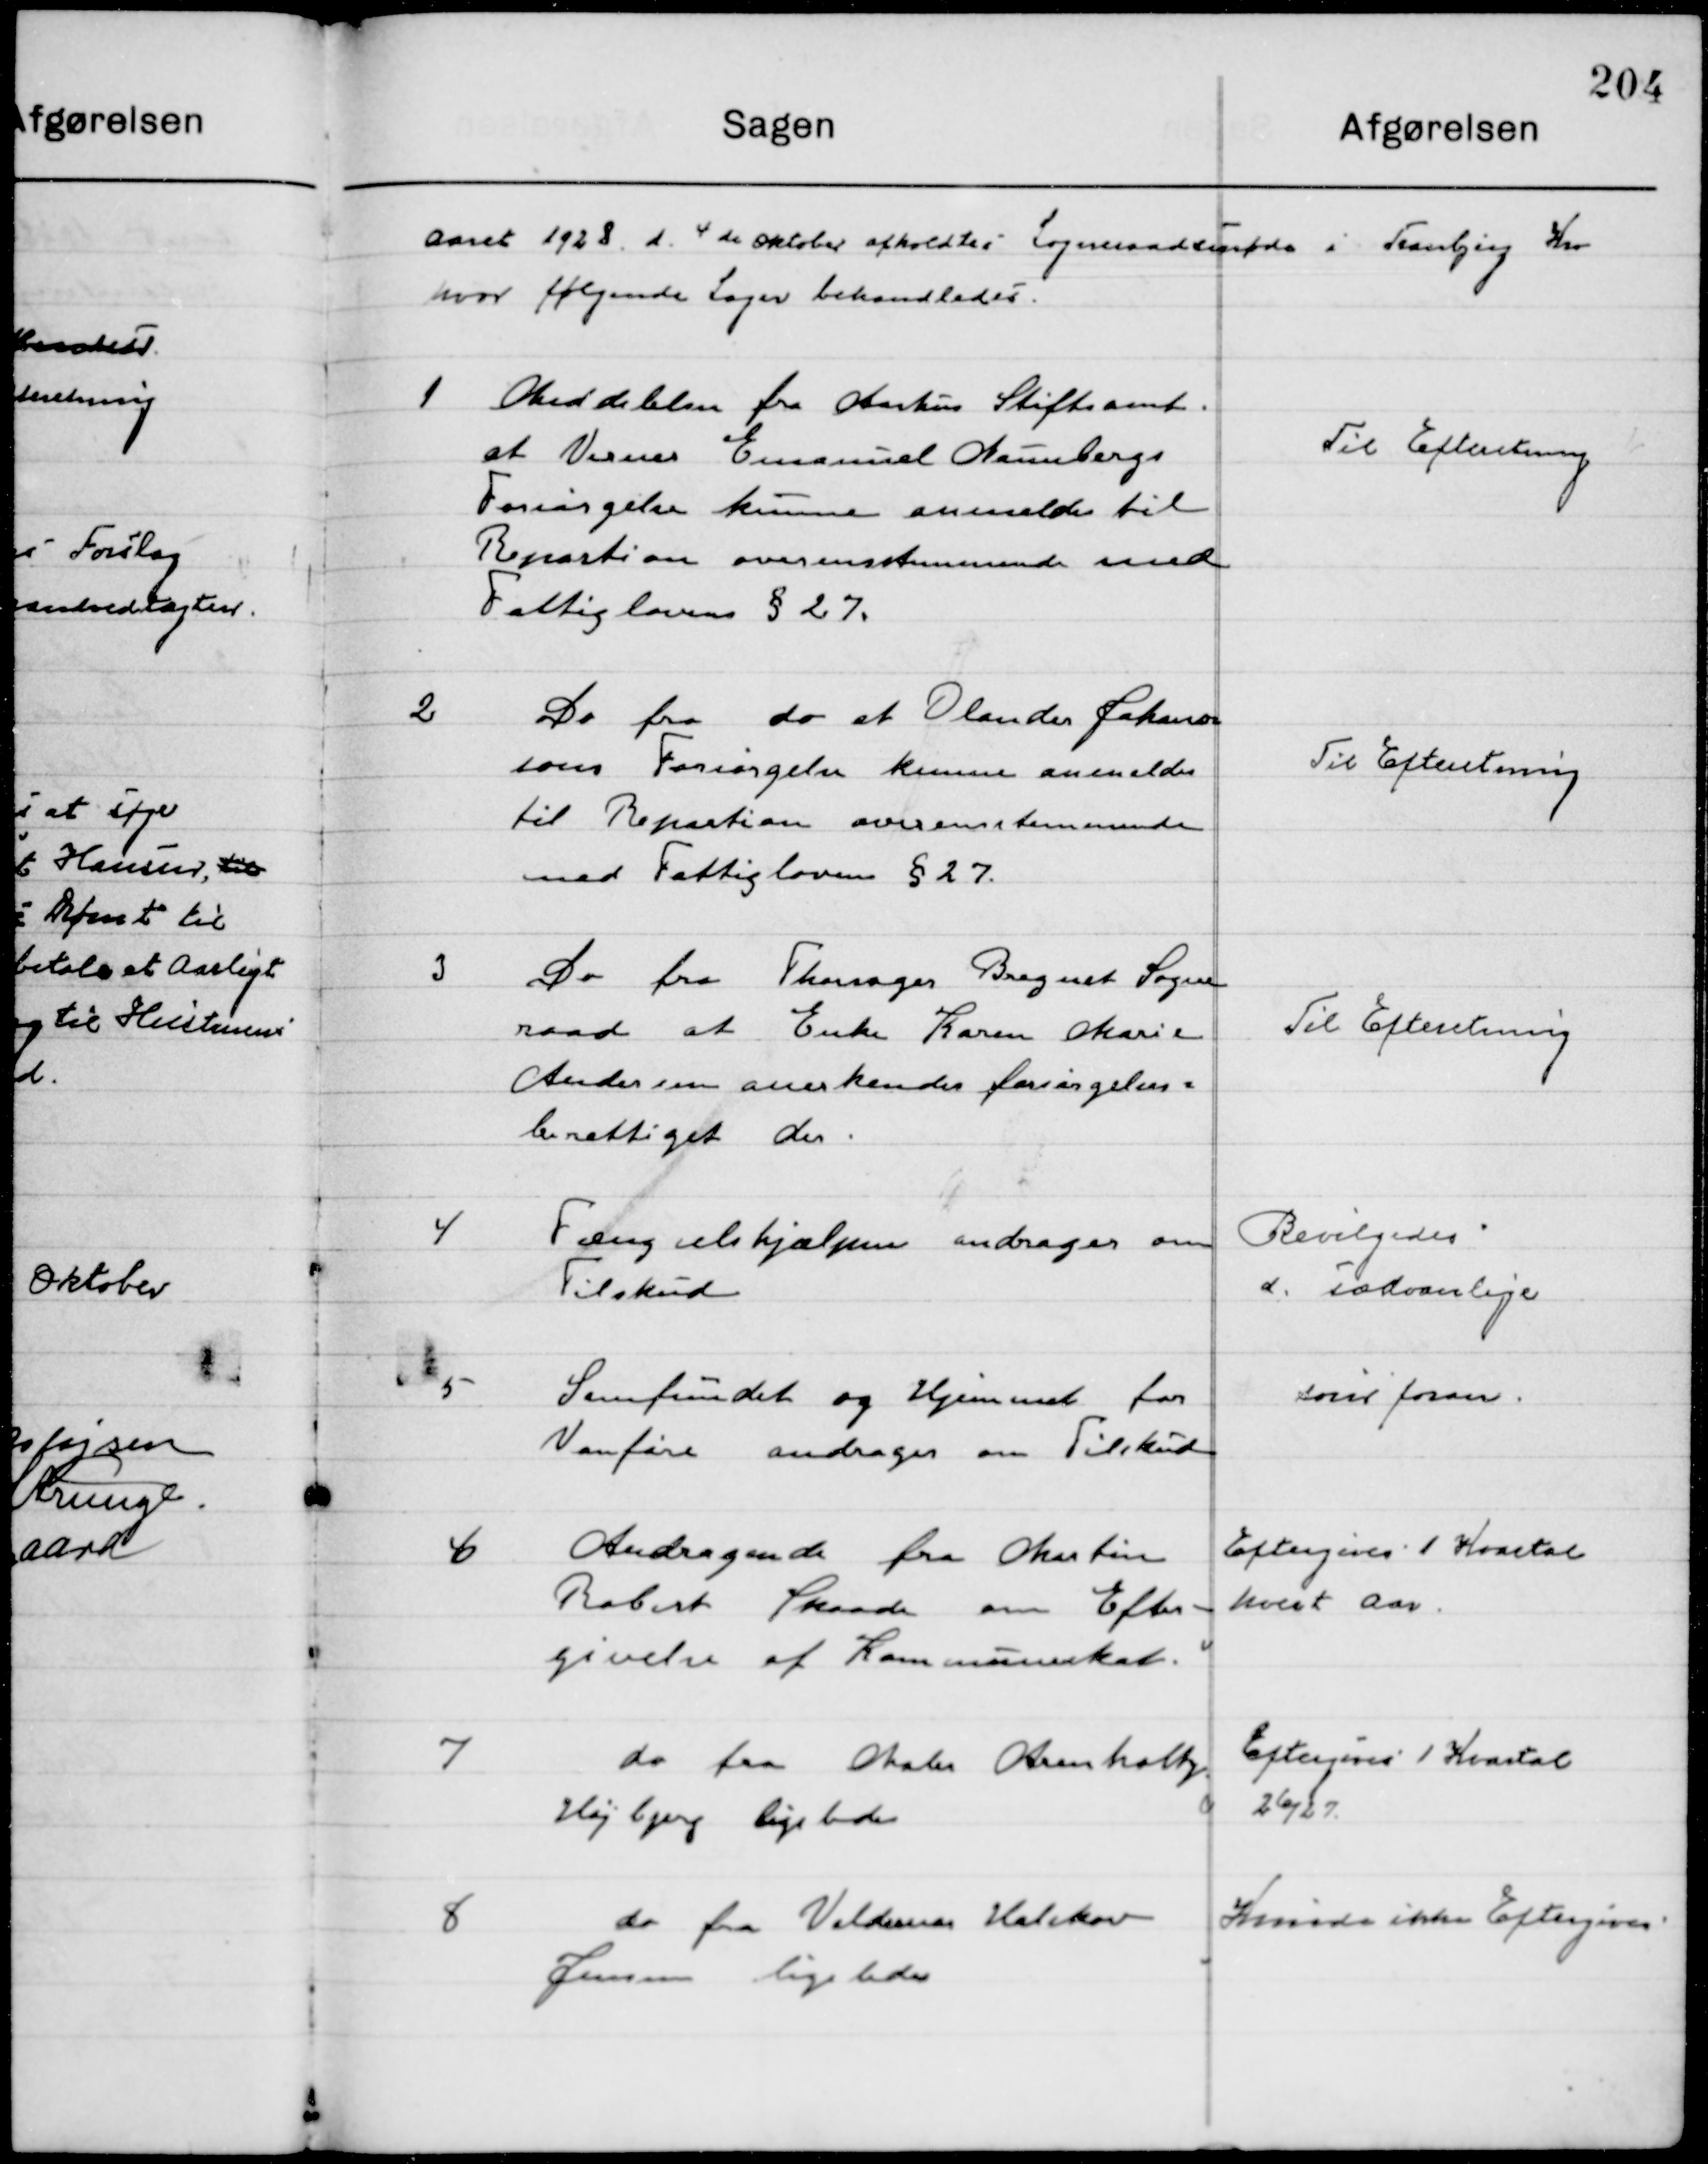
Transskription:
Aaret 1928 d. 4de Oktober  afholdtes  Sogneraadsmøde i Tranbjerg Kro
hvor følgende Sager behandledes.

1

Meddelelse fra Aarhus Stiftsamt
at Verner Emanuel Hanbergs 
Forsørgelse kunne anmelde til
Reparation overensstemmende med
Fattiglovens § 27.

Til Efterretning

2

Do fra do at Olander Jacobsen
som Forsørgelse kunne anmeldes
til Reparation overensstemmende 
med Fattiglovens § 27.

Til Efterretning

3

Do fra Thorsager Bregnet Sogne-
raad at Enke Karen Marie
Andersen anerkendes forsørgelses-
berettiget der

Til Efterretning

4

Fængselshjælpen andrages om
Tilskud

Bevilgedes
d. sædvanlige

5

Samfundet og Hjemmet for
Vanføre om Tilskud

Som foran

6

Andragende fra Martin
Robert Skaade om Efter-
givelse af Kommuneskat

Eftergives 1. Kvartal
hvert Aar

7

Do fra Arbm. Arenholtz
Højbjerg ligeledes

Eftergives 1. Kvartal
26/27

8

Do fra Valdemar Kalskov
Jensen ligeledes

Kunde ikke Eftergives